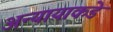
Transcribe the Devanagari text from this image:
अन्यायाकडे